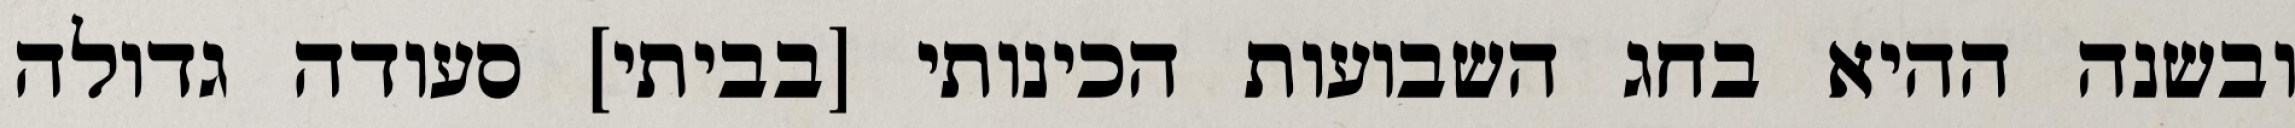
ובשנה ההיא בחג השבועות הכינותי [בביתי] סעודה גדולה